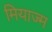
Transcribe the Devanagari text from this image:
मियाज्म